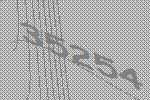
35254